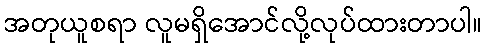
အတုယူစရာ လူမရှိအောင်လို့လုပ်ထားတာပါ။